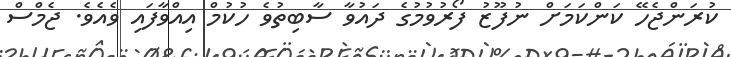
ކުރަންޖެހޭ ކަންކަމަށް ނުފޫޒު ފޯރުވުމުގެ ދައުވާ ސާބިތުވެ ހުކުމް އިއްވާފައި ވެއެވެ. ޖެމްސް